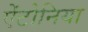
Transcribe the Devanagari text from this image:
ऐंटोनिया